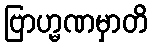
ဗြာဟ္မဏမှာတိ